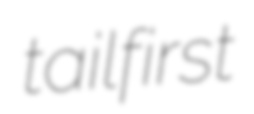
tailfirst